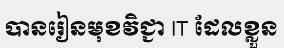
បានរៀនមុខវិជ្ជា IT ដែលខ្លួន